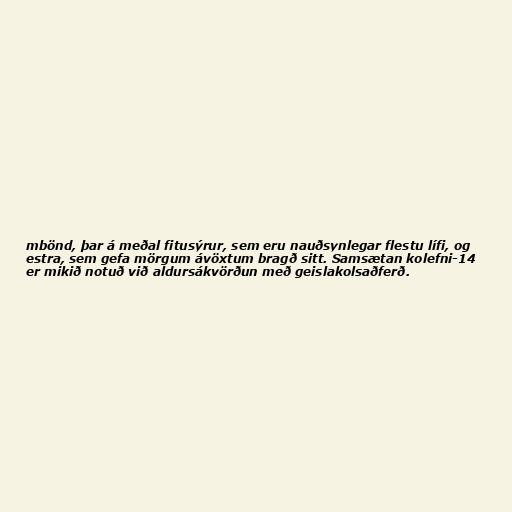
mbönd, þar á meðal fitusýrur, sem eru nauðsynlegar flestu lífi, og
estra, sem gefa mörgum ávöxtum bragð sitt. Samsætan kolefni-14
er mikið notuð við aldursákvörðun með geislakolsaðferð.